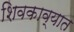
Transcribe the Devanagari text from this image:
शिवकाव्यात